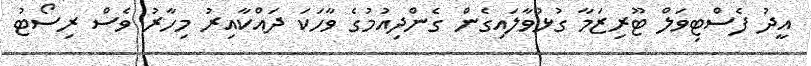
އީދު ފެސްޓިވަލް ޓޫރިޒަމާ ގުޅުވާލައިގެން ގެންދިއުމުގެ ވާހަކަ ދައްކާއިރު މިހާރު ވެސް ރިސޯޓު